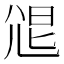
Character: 𡯧